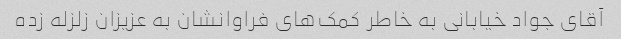
آقای جواد خیابانی به خاطر کمک‌های فراوانشان به عزیزان زلزله زده